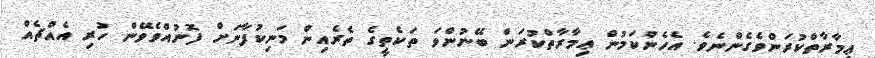
ޢިމާރާތްކުރަންވެގެންނެވެ. އެހެންކަމުން ޢިމާރާތްކުރަން ބޭނުންވަ ތަކެތީގެ ތެރެއިން މަނިކުފާނަށް ފޮނުއްވެވޭން ހުރި އެއްޗެއް